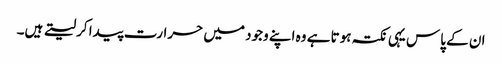
ان کے پاس یہی نکتہ ہوتا ہے وہ اپنے وجود میں حرارت پیدا کرلیتے ہیں۔